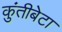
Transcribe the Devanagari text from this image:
कुंतीबेटा